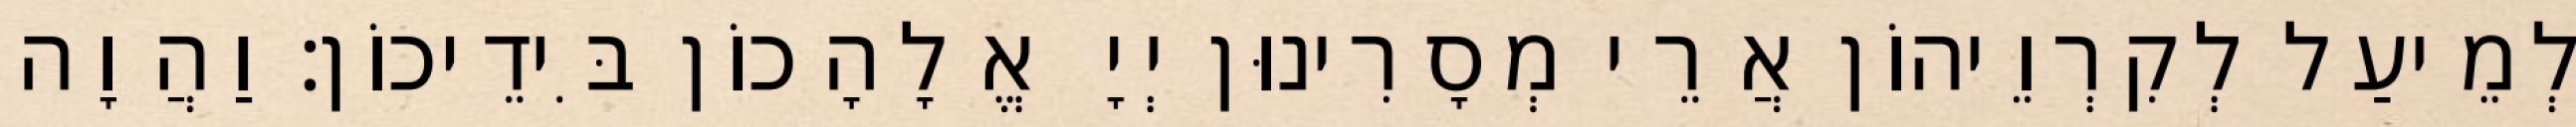
לְמֵיעַל לְקִרְוֵיהוֹן אֲרֵי מְסָרִינוּן יְיָ אֱלָהָכוֹן בִּידֵיכוֹן׃ וַהֲוָה